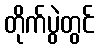
တိုက်ပွဲတွင်